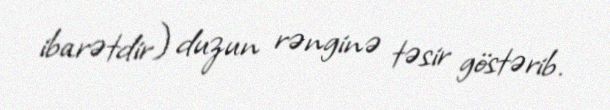
ibarətdir) duzun rənginə təsir göstərib.